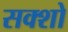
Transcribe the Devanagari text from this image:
सक्शो